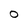
Character: o